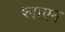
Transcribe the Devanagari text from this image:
प्लाएन